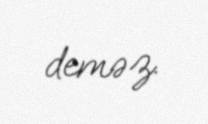
deməz.